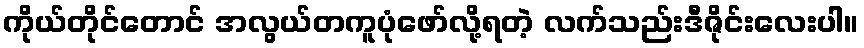
ကိုယ်တိုင်တောင် အလွယ်တကူပုံဖော်လို့ရတဲ့ လက်သည်းဒီဇိုင်းလေးပါ။